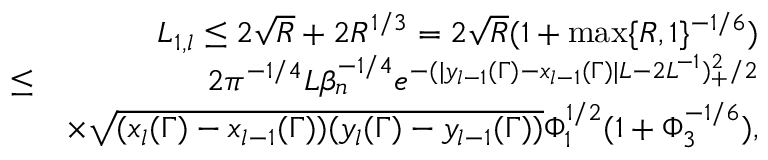
\begin{array} { r l r } & { } & { L _ { 1 , l } \leq 2 \sqrt { R } + 2 R ^ { 1 \slash 3 } = 2 \sqrt { R } ( 1 + \operatorname* { m a x } \{ R , 1 \} ^ { - 1 \slash 6 } ) } \\ & { \leq } & { 2 \pi ^ { - 1 \slash 4 } L \beta _ { n } ^ { - 1 \slash 4 } e ^ { - ( | y _ { l - 1 } ( \Gamma ) - x _ { l - 1 } ( \Gamma ) | L - 2 L ^ { - 1 } ) _ { + } ^ { 2 } \slash 2 } } \\ & { } & { \times \sqrt { ( x _ { l } ( \Gamma ) - x _ { l - 1 } ( \Gamma ) ) ( y _ { l } ( \Gamma ) - y _ { l - 1 } ( \Gamma ) ) } \Phi _ { 1 } ^ { 1 \slash 2 } ( 1 + \Phi _ { 3 } ^ { - 1 \slash 6 } ) , } \end{array}